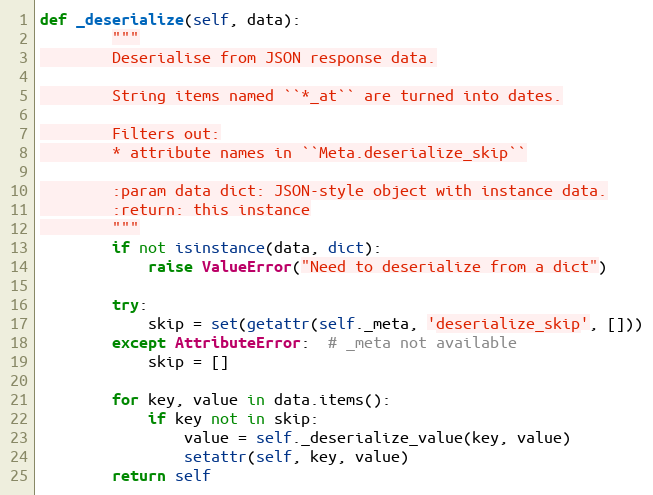
Language: Python
def _deserialize(self, data):
        """
        Deserialise from JSON response data.

        String items named ``*_at`` are turned into dates.

        Filters out:
        * attribute names in ``Meta.deserialize_skip``

        :param data dict: JSON-style object with instance data.
        :return: this instance
        """
        if not isinstance(data, dict):
            raise ValueError("Need to deserialize from a dict")

        try:
            skip = set(getattr(self._meta, 'deserialize_skip', []))
        except AttributeError:  # _meta not available
            skip = []

        for key, value in data.items():
            if key not in skip:
                value = self._deserialize_value(key, value)
                setattr(self, key, value)
        return self